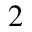
^ { 2 }